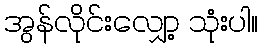
အွန်လိုင်းလျှော့ သုံးပါ။